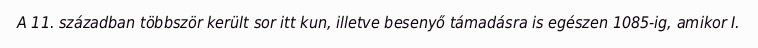
A 11. században többször került sor itt kun, illetve besenyő támadásra is egészen 1085-ig, amikor I.